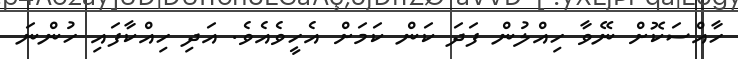
ހާއްސަކޮށް ނޭވާ ހިއްލުން ފަދަ ކަން ކަމަށް އެހީވެއެވެ. އަދި ހިއްކާފައި ހުންނަ